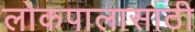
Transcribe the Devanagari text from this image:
लोकपालासाठी